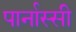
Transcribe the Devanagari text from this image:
पार्नास्सी